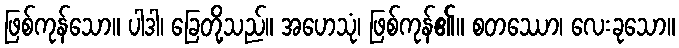
ဖြစ်ကုန်သော။ ပါဒါ၊ ခြေတို့သည်။ အဟေသုံ၊ ဖြစ်ကုန်၏။ စတဿော၊ လေးခုသော။